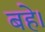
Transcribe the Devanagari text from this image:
बहे।